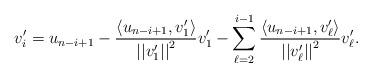
LaTeX: \begin{align*}v_i^\prime=u_{n-i+1}-\frac{\left<u_{n-i+1},v_1^\prime\right>}{\left|\left|v_1^\prime\right|\right|^2}v_1^\prime-\sum_{\ell=2}^{i-1}\frac{\left<u_{n-i+1},v_\ell^\prime\right>}{\left|\left|v_\ell^\prime\right|\right|^2}v_\ell^\prime.\end{align*}